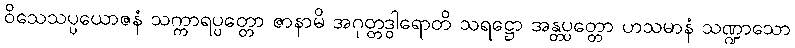
ဝိသေသပ္ပယောဇနံ သက္ကာရပ္ပတ္တော ဇာနာမိ အဂုတ္တဒွါရောတိ သရဋ္ဌော အန္တပ္ပတ္တော ဟသမာနံ သဏ္ဍာသော